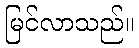
မြင်လာသည်။